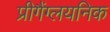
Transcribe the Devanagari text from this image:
प्रीगैंग्लयनिक